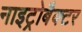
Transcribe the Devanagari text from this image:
नाइट्रोबैक्टर